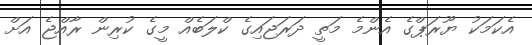
އެކަމަކު ޔޫރަޕްގެ އެންމެ މަތީ ދަރަޖައިގެ ކްލަބެއް މީގެ ކުރިން ރާއްޖެ އަށް